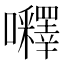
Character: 𡅵